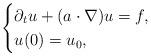
LaTeX: \begin{align*}\begin{cases}\partial_t u + (a \cdot \nabla) u = f,\\u(0)=u_0,\end{cases}\end{align*}